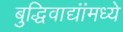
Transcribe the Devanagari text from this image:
बुद्धिवाद्यांंमध्ये